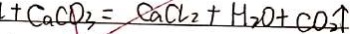
+ C a C O _ { 3 } = C a C l _ { 2 } + H _ { 2 } O + C O _ { 2 } \uparrow